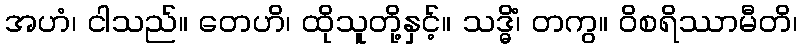
အဟံ၊ ငါသည်။ တေဟိ၊ ထိုသူတို့နှင့်။ သဒ္ဓိံ၊ တကွ။ ဝိစရိဿာမီတိ၊